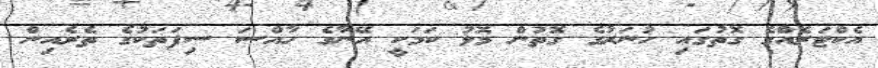
އެކްޓަރެއްގެ ގޮތުގައި ހުނަރުގެ ގޮތުން މޮޅު ކަމަކީ އޭނާގެ ހާއްސަ ސިފަތަކުގެ ތެރެއިން